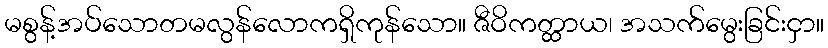
မစွန့်အပ်သောတမလွန်လောကရှိကုန်သော။ ဇီဝိကတ္ထာယ၊ အသက်မွေးခြင်းငှာ။